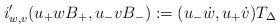
\begin{align*}i'_{w,v} (u_+ w B_+, u_- v B_-) := (u_- \dot{w}, u_+ \dot{v}) T_\Delta\end{align*}